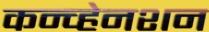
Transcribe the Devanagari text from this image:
कन्व्हेनशन